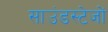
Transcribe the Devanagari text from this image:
साउंडस्टेजों